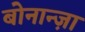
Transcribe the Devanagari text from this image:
बोनान्ज़ा